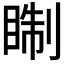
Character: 𥇕